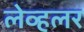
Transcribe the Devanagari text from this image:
लेव्हलर